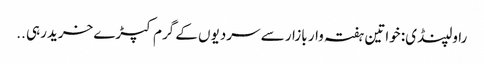
راولپنڈی: خواتین ہفتہ وار بازار سے سردیوں کے گرم کپڑے خریدرہی ..